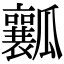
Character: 瓤